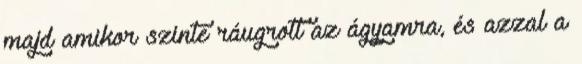
majd amikor szinte ráugrott az ágyamra, és azzal a